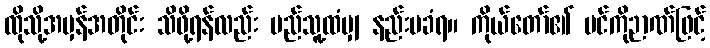
ထိုသို့အမှန်အတိုင်း သိဖို့ရန်လည်း မည်သူ့ထံမျှ နည်းမခံရ။ ကိုယ်တော်၏ ပင်ကိုဉာဏ်ဖြင့်